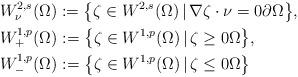
LaTeX: \begin{align*}&W_\nu^{2,s}(\Omega):=\big\{\zeta\in W^{2,s}(\Omega)\,|\,\nabla\zeta\cdot \nu=0\partial\Omega\big\},\\&W_+^{1,p}(\Omega):=\big\{\zeta\in W^{1,p}(\Omega)\,|\,\zeta\geq 0\Omega\big\},\\&W_-^{1,p}(\Omega):=\big\{\zeta\in W^{1,p}(\Omega)\,|\,\zeta\leq 0\Omega\big\}\end{align*}